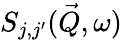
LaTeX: S_{j,j^{\prime}}(\vec{Q},\omega)